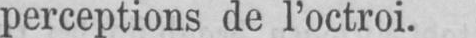
perceptions de l’octroi.